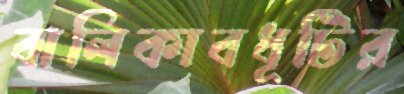
বালিকাবধূটির